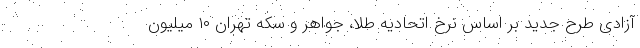
آزادی طرح جدید بر اساس نرخ اتحادیه طلا، جواهر و سکه تهران ۱۰ میلیون